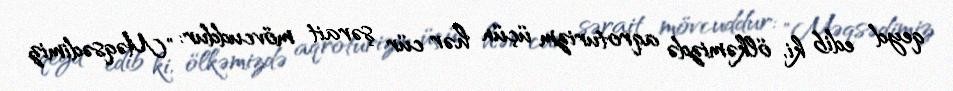
qeyd edib ki, ölkəmizdə aqroturizm üçün hər cür şərait mövcuddur: "Məqsədimiz